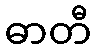
ဓာတီ